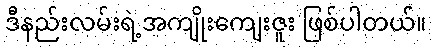
ဒီနည်းလမ်းရဲ့အကျိုးကျေးဇူး ဖြစ်ပါတယ်။